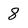
Character: 8